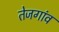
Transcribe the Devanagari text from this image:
तेजगांव